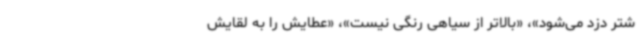
شتر دزد می‌شود»، «بالاتر از سیاهی رنگی نیست»، «عطایش را به لقایش